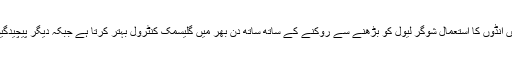
محققین کے مطابق ناشتے میں انڈوں کا استعمال شوگر لیول کو بڑھنے سے روکنے کے ساتھ ساتھ دن بھر میں گلیسمک کنٹرول بہتر کرتا ہے جبکہ دیگر پیچیدگیوں کا امکان بھی کم ہوتا ہے۔